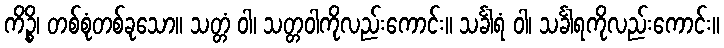
ကိဉ္စိ၊ တစ်စုံတစ်ခုသော။ သတ္တံ ဝါ၊ သတ္တဝါကိုလည်းကောင်း။ သင်္ခါရံ ဝါ၊ သင်္ခါရကိုလည်းကောင်း။